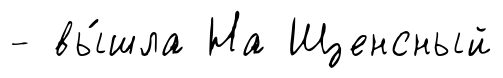
- вы́шла На Щенсный